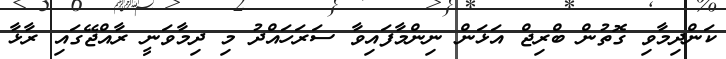
ކަންދިމާވި ގޮތުން ބްރިޖް އަޅަން ނިންމާފައިވާ ސަރަހައްދު މި ދިމާވަނީ ރާއްޖޭގައި ރާޅާ